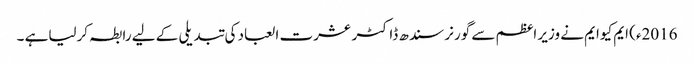
2016ء) ایم کیوایم نے وزیر اعظم سے گورنر سندھ ڈاکٹر عشرت العباد کی تبدیلی کے لیے رابطہ کرلیاہے ۔